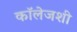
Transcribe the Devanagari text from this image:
कॉलेजशी